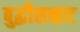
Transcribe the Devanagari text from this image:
बुद्धीसम्राट